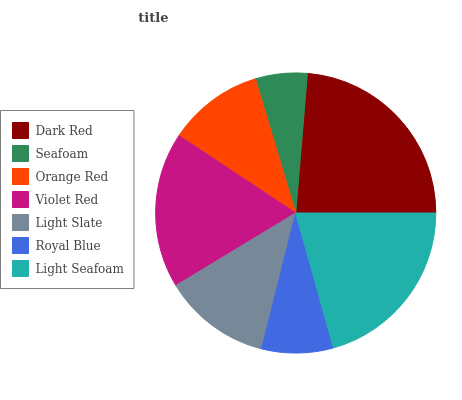
| Dark Red | Seafoam | Orange Red | Violet Red | Light Slate | Royal Blue | Light Seafoam |
 | --- | --- | --- | --- | --- | --- | --- |
 | 23.7% | 5.96% | 11% | 18% | 12.4% | 8.25% | 20.7% |